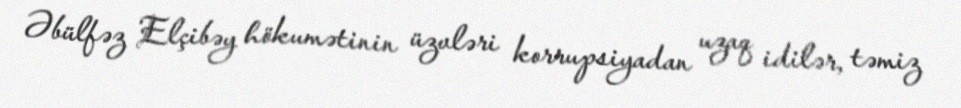
Əbülfəz Elçibəy hökumətinin üzvləri korrupsiyadan uzaq idilər, təmiz